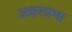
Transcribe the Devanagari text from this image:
अक्षरप्रभा